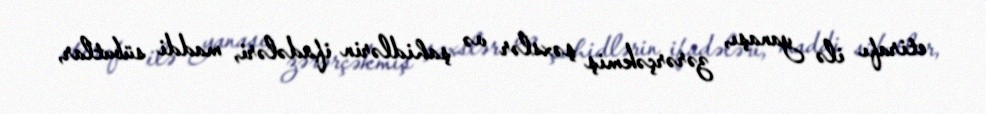
etirafı ilə yanaşı, zərərçəkmiş şəxslər və şahidlərin ifadələri, maddi sübutlar,